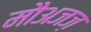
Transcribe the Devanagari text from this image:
मौअजज़